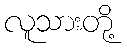
လူသားတို့